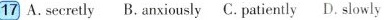
17 A.secretly B. anxiously C. patiently D. slowly